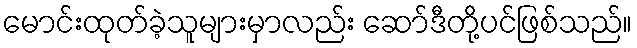
မောင်းထုတ်ခဲ့သူများမှာလည်း ဆော်ဒီတို့ပင်ဖြစ်သည်။